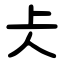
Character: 仧